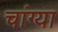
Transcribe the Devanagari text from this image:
चांग्या